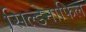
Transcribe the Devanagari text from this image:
सिल्डेनाफिल